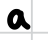
Text: a
Cross-out: clean
Writing tool: digital_black